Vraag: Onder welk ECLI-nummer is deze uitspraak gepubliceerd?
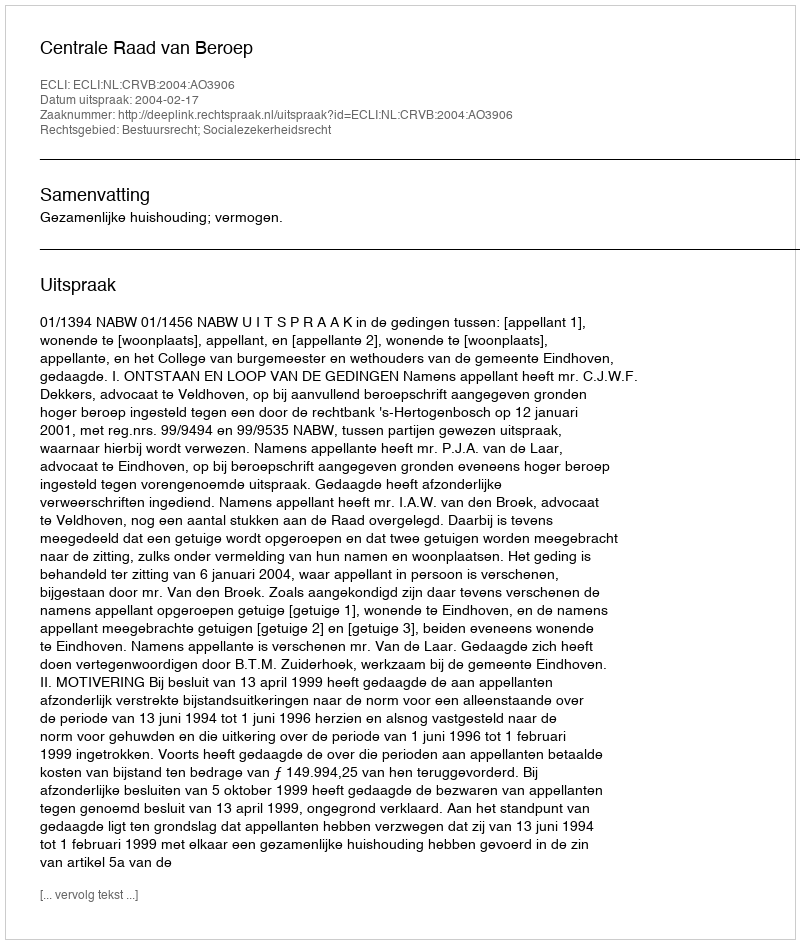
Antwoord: ECLI:NL:CRVB:2004:AO3906